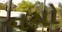
નયો